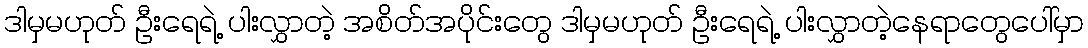
ဒါမှမဟုတ် ဦးရေရဲ့ ပါးလွှာတဲ့ အစိတ်အပိုင်းတွေ ဒါမှမဟုတ် ဦးရေရဲ့ ပါးလွှာတဲ့နေရာတွေပေါ်မှာ